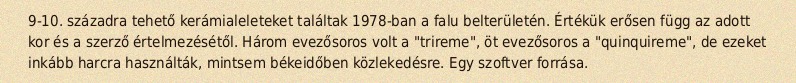
9-10. századra tehető kerámialeleteket találtak 1978-ban a falu belterületén. Értékük erősen függ az adott kor és a szerző értelmezésétől. Három evezősoros volt a "trireme", öt evezősoros a "quinquireme", de ezeket inkább harcra használták, mintsem békeidőben közlekedésre. Egy szoftver forrása.